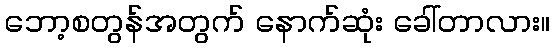
ဘော့စတွန်အတွက် နောက်ဆုံး ခေါ်တာလား။